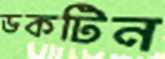
ডকটিন